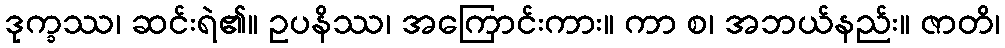
ဒုက္ခဿ၊ ဆင်းရဲ၏။ ဥပနိဿ၊ အကြောင်းကား။ ကာ စ၊ အဘယ်နည်း။ ဇာတိ၊